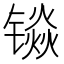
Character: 𮸡